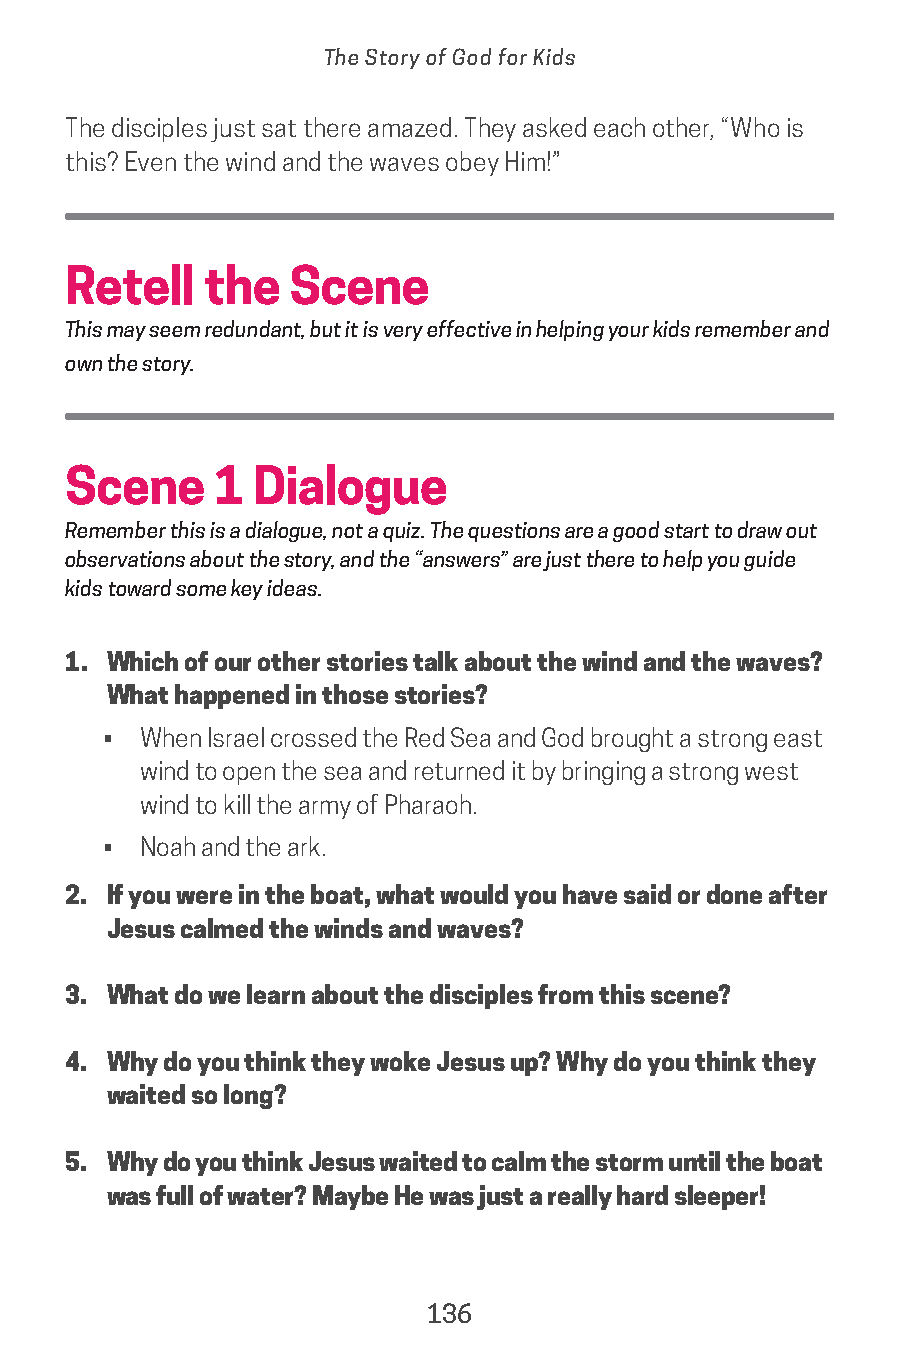
The Story of God for Kids
 The disciples just sat there amazed. They asked each other, “Who is
 this? Even the wind and the waves obey Him!”
 Retell   the   Scene
 This may seem redundant, but it is very effective in helping your kids remember and
 own the story.
 Scene     1 Dialogue
 Remember this is a dialogue, not a quiz. The questions are a good start to draw out
 observations about the story, and the “answers” are just there to help you guide
 kids toward some key ideas.
 1. Which of our other stories talk about the wind and the waves?
 What happened in those stories?
 •  When Israel crossed the Red Sea and God brought a strong east
 wind to open the sea and returned it by bringing a strong west
 wind to kill the army of Pharaoh.
 •  Noah and the ark.
 2. If you were in the boat, what would you have said or done after
 Jesus calmed the winds and waves?
 3. What do we learn about the disciples from this scene?
 4. Why do you think they woke Jesus up? Why do you think they
 waited so long?
 5. Why do you think Jesus waited to calm the storm until the boat
 was full of water? Maybe He was just a really hard sleeper!
 136
 saturate-story_of_god_kids-2.indd 136             8/10/17 10:11 PM